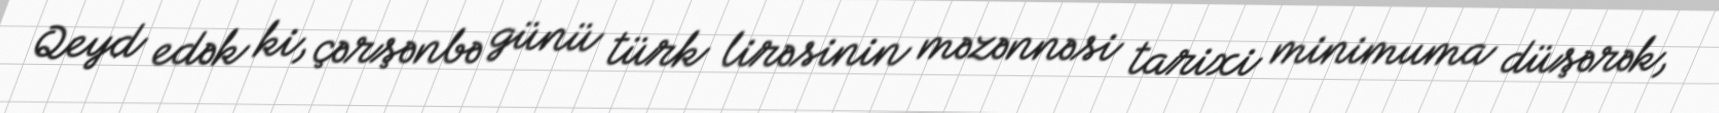
Qeyd edək ki, çərşənbə günü türk lirəsinin məzənnəsi tarixi minimuma düşərək,